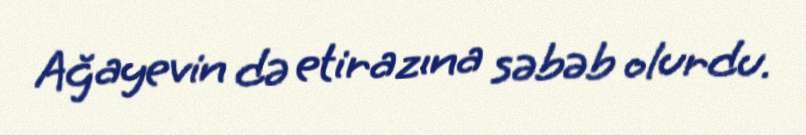
Ağayevin də etirazına səbəb olurdu.